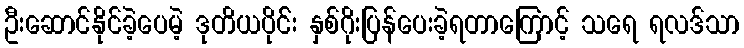
ဦးဆောင်နိုင်ခဲ့ပေမဲ့ ဒုတိယပိုင််း နှစ်ဂိုးပြန်ပေးခဲ့ရတာကြောင့် သရေ ရလဒ်သာ